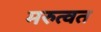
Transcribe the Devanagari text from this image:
मरुत्वत